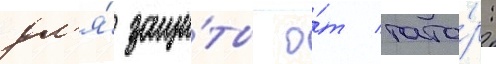
дл'я́ защи́ты о́т тата́р: